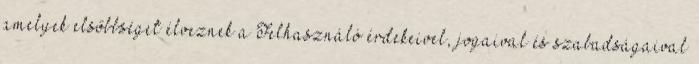
amelyek elsőbbséget élveznek a Felhasználó érdekeivel, jogaival és szabadságaival